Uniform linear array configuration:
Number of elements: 48
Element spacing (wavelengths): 0.5
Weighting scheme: hann
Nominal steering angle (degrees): -45
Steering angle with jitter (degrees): -44.466
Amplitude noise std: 0.05
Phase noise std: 0.05

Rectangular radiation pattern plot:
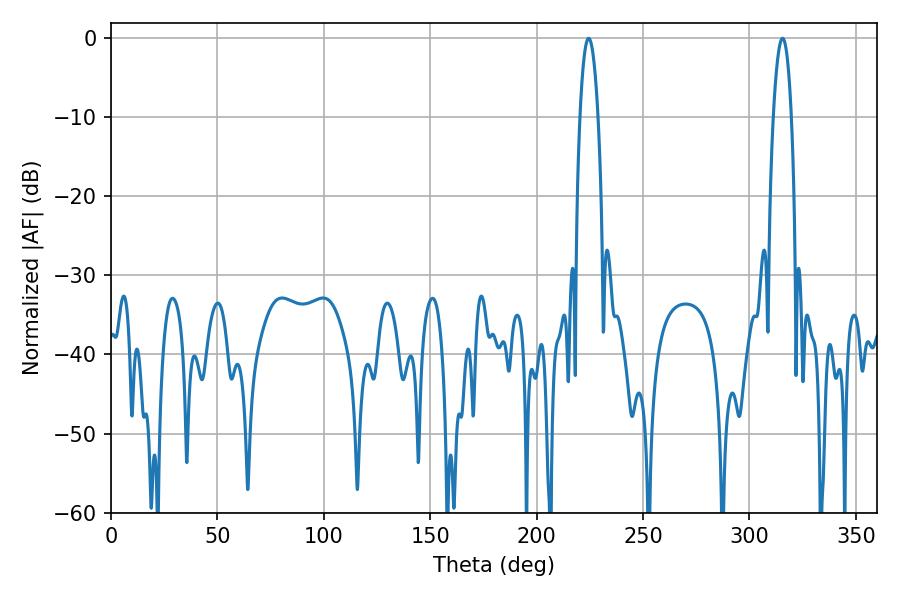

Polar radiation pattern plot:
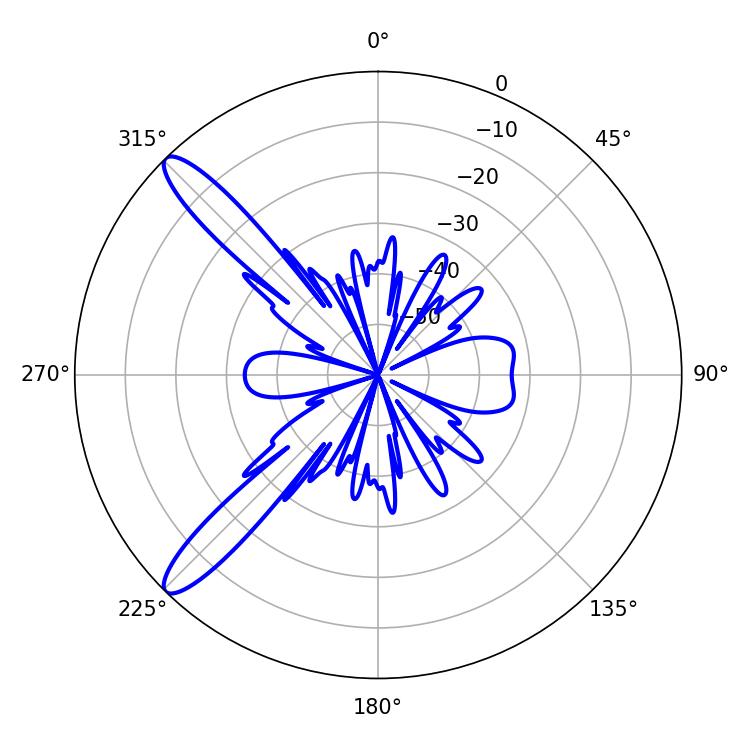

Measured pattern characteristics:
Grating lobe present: FALSE
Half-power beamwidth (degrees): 4.68
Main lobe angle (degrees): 224.46